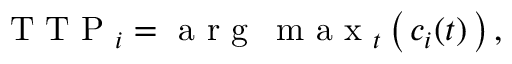
\textup { T T P } _ { i } = \textup { a r g \, m a x } _ { t } \left( \, c _ { i } ( t ) \, \right) ,